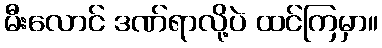
မီးလောင် ဒဏ်ရာလို့ပဲ ထင်ကြမှာ။